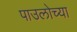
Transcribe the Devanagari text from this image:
पाउलोच्या